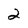
Character: 2